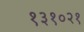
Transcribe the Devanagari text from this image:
१३१०२१